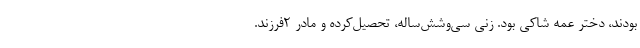
بودند، دختر عمه شاکی بود. زنی سی‌وشش‌ساله، تحصیل‌کرده و مادر 2فرزند.